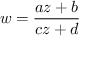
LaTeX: w = { \frac { a z + b } { c z + d } }